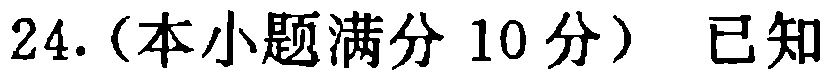
24.（本小题满分10分）已知